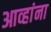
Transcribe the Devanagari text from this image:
आव्हांना